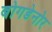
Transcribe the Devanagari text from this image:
बोगडेनोर